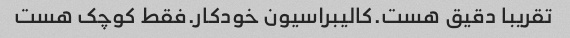
تقریبا دقیق هست.کالیبراسیون خودکار.فقط کوچک هست